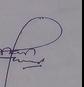
Signature authenticity: genuine